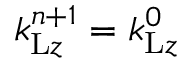
k _ { \mathrm { L } z } ^ { n + 1 } = k _ { \mathrm { L } z } ^ { 0 }